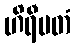
ဟိရီမတံ